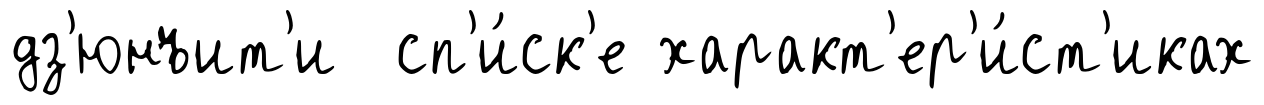
дз'юнъит'и сп'и́ск'е характ'ер'и́ст'иках